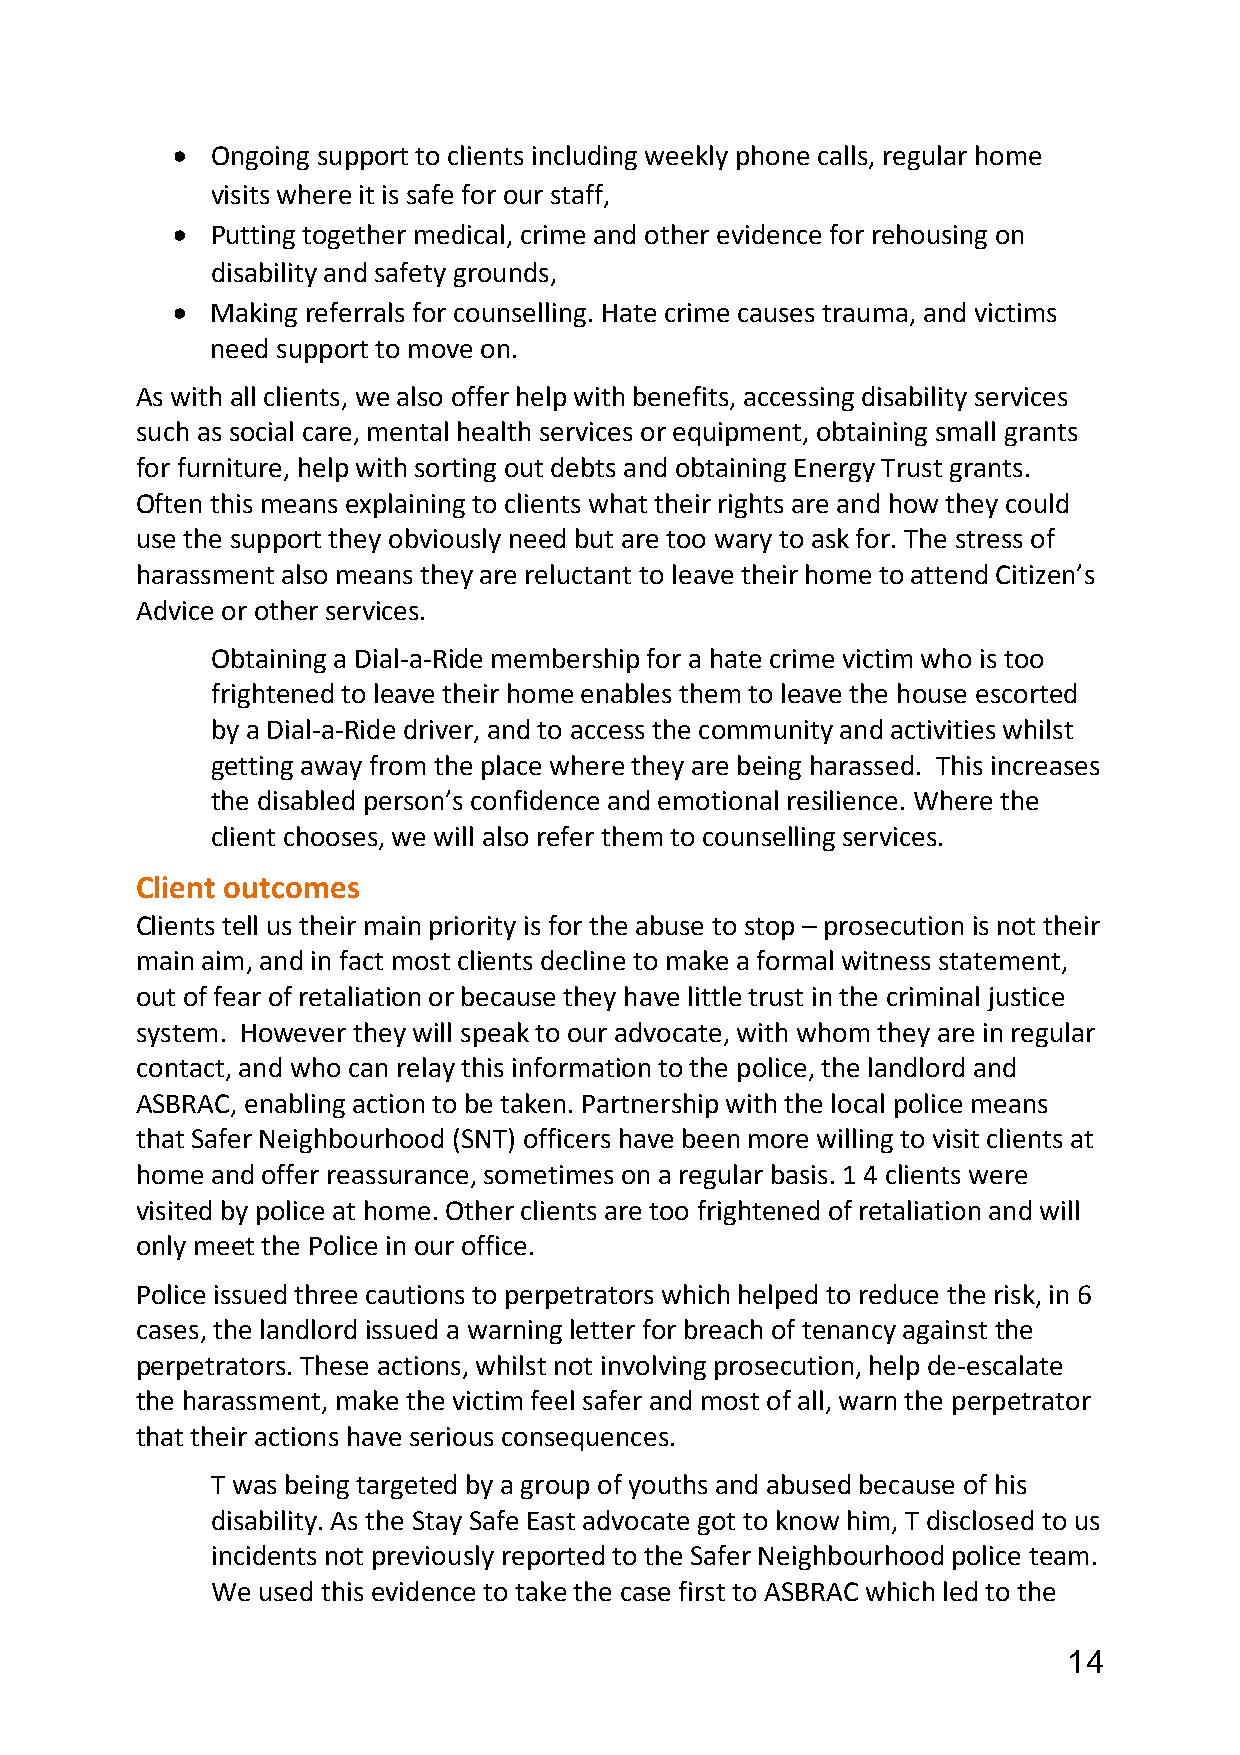
  Ongoing support to clients including weekly phone calls, regular home
 visits where it is safe for our staff,
   Putting together medical, crime and other evidence for rehousing on
 disability and safety grounds,
   Making referrals for counselling. Hate crime causes trauma, and victims
 need support to move on.
 As with all clients, we also offer help with benefits, accessing disability services
 such as social care, mental health services or equipment, obtaining small grants
 for furniture, help with sorting out debts and obtaining Energy Trust grants.
 Often this means explaining to clients what their rights are and how they could
 use the support they obviously need but are too wary to ask for. The stress of
 harassment also means they are reluctant to leave their home to attend Citizen’s
 Advice or other services.
 Obtaining a Dial-a-Ride membership for a hate crime victim who is too
 frightened to leave their home enables them to leave the house escorted
 by a Dial-a-Ride driver, and to access the community and activities whilst
 getting away from the place where they are being harassed. This increases
 the disabled person’s confidence and emotional resilience. Where the
 client chooses, we will also refer them to counselling services.
 Client outcomes
 Clients tell us their main priority is for the abuse to stop – prosecution is not their
 main aim, and in fact most clients decline to make a formal witness statement,
 out of fear of retaliation or because they have little trust in the criminal justice
 system. However they will speak to our advocate, with whom they are in regular
 contact, and who can relay this information to the police, the landlord and
 ASBRAC, enabling action to be taken. Partnership with the local police means
 that Safer Neighbourhood (SNT) officers have been more willing to visit clients at
 home and offer reassurance, sometimes on a regular basis. 1 4 clients were
 visited by police at home. Other clients are too frightened of retaliation and will
 only meet the Police in our office.
 Police issued three cautions to perpetrators which helped to reduce the risk, in 6
 cases, the landlord issued a warning letter for breach of tenancy against the
 perpetrators. These actions, whilst not involving prosecution, help de-escalate
 the harassment, make the victim feel safer and most of all, warn the perpetrator
 that their actions have serious consequences.
 T was being targeted by a group of youths and abused because of his
 disability. As the Stay Safe East advocate got to know him, T disclosed to us
 incidents not previously reported to the Safer Neighbourhood police team.
 We used this evidence to take the case first to ASBRAC which led to the
 14